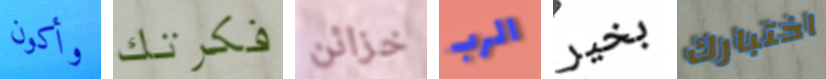
وأكون فكرتك خزائن الرب بخير اختبارك